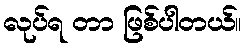
လုပ်ရ တာ ဖြစ်ပါတယ်။